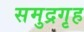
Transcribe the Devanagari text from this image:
समुद्रगृह